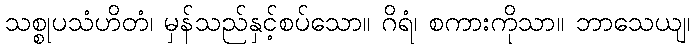
သစ္စုပသံဟိတံ၊ မှန်သည်နှင့်စပ်သော။ ဂိရံ၊ စကားကိုသာ။ ဘာသေယျ၊